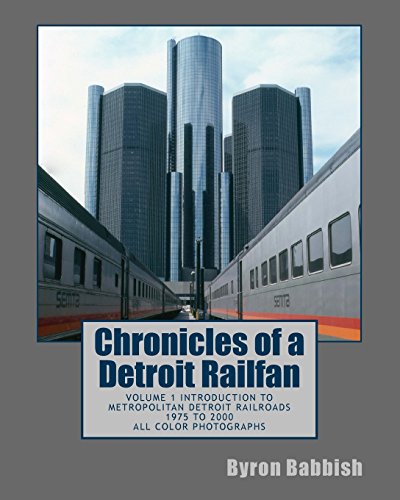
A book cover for Chronicles of a Detroit Railfan: Volume 1 Introduction to Metropolitan Detroit Railroads, 1975 to 2000, All Color Photographs; Byron Babbish; Travel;